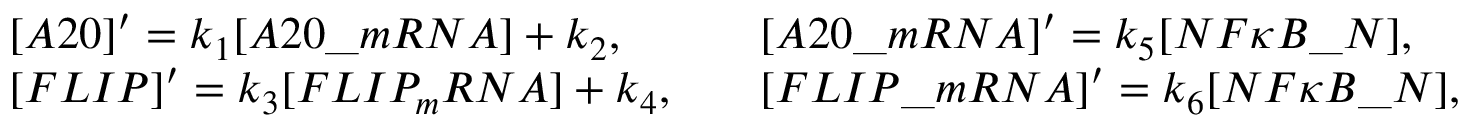
\begin{array} { r l r l } & { [ A 2 0 ] ^ { \prime } = k _ { 1 } [ A 2 0 \_ m R N A ] + k _ { 2 } , } & & { [ A 2 0 \_ m R N A ] ^ { \prime } = k _ { 5 } [ N F { \kappa } B \_ N ] , } \\ & { [ F L I P ] ^ { \prime } = k _ { 3 } [ F L I P _ { m } R N A ] + k _ { 4 } , } & & { [ F L I P \_ m R N A ] ^ { \prime } = k _ { 6 } [ N F { \kappa } B \_ N ] , } \end{array}